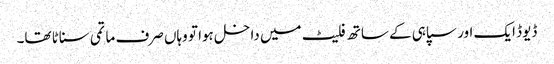
ڈیوڈ ایک اور سپاہی کے ساتھ فلیٹ میں داخل ہوا تو وہاں صرف ماتمی سناٹا تھا۔